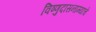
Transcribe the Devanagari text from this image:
विष्णुदासनाम्याचे